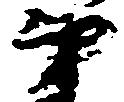
弟